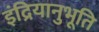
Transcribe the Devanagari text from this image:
इंद्रियानुभूति